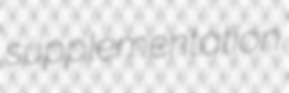
supplementation